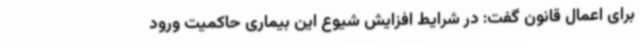
برای اعمال قانون گفت: در شرایط افزایش شیوع این بیماری حاکمیت ورود